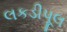
લકડીપૂલ